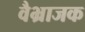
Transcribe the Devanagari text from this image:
वैभ्राजक